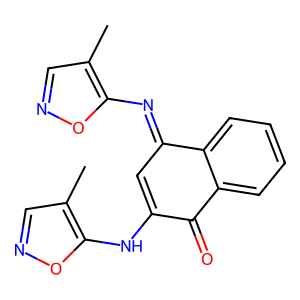
SMILES: Cc1cnoc1N=C1C=C(Nc2oncc2C)C(=O)c2ccccc21
Inhibits HIV replication: No